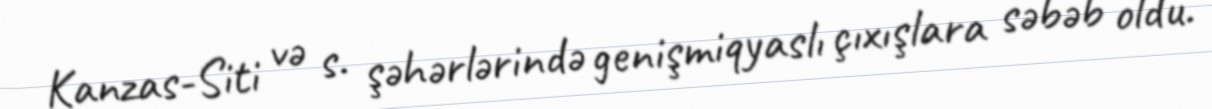
Kanzas-Siti və s. şəhərlərində genişmiqyaslı çıxışlara səbəb oldu.